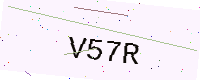
Text: V57R